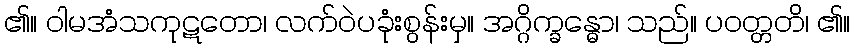
၏။ ဝါမအံသကုဋတော၊ လက်ဝဲပခုံးစွန်းမှ။ အဂ္ဂိက္ခန္ဓော၊ သည်။ ပဝတ္တတိ၊ ၏။